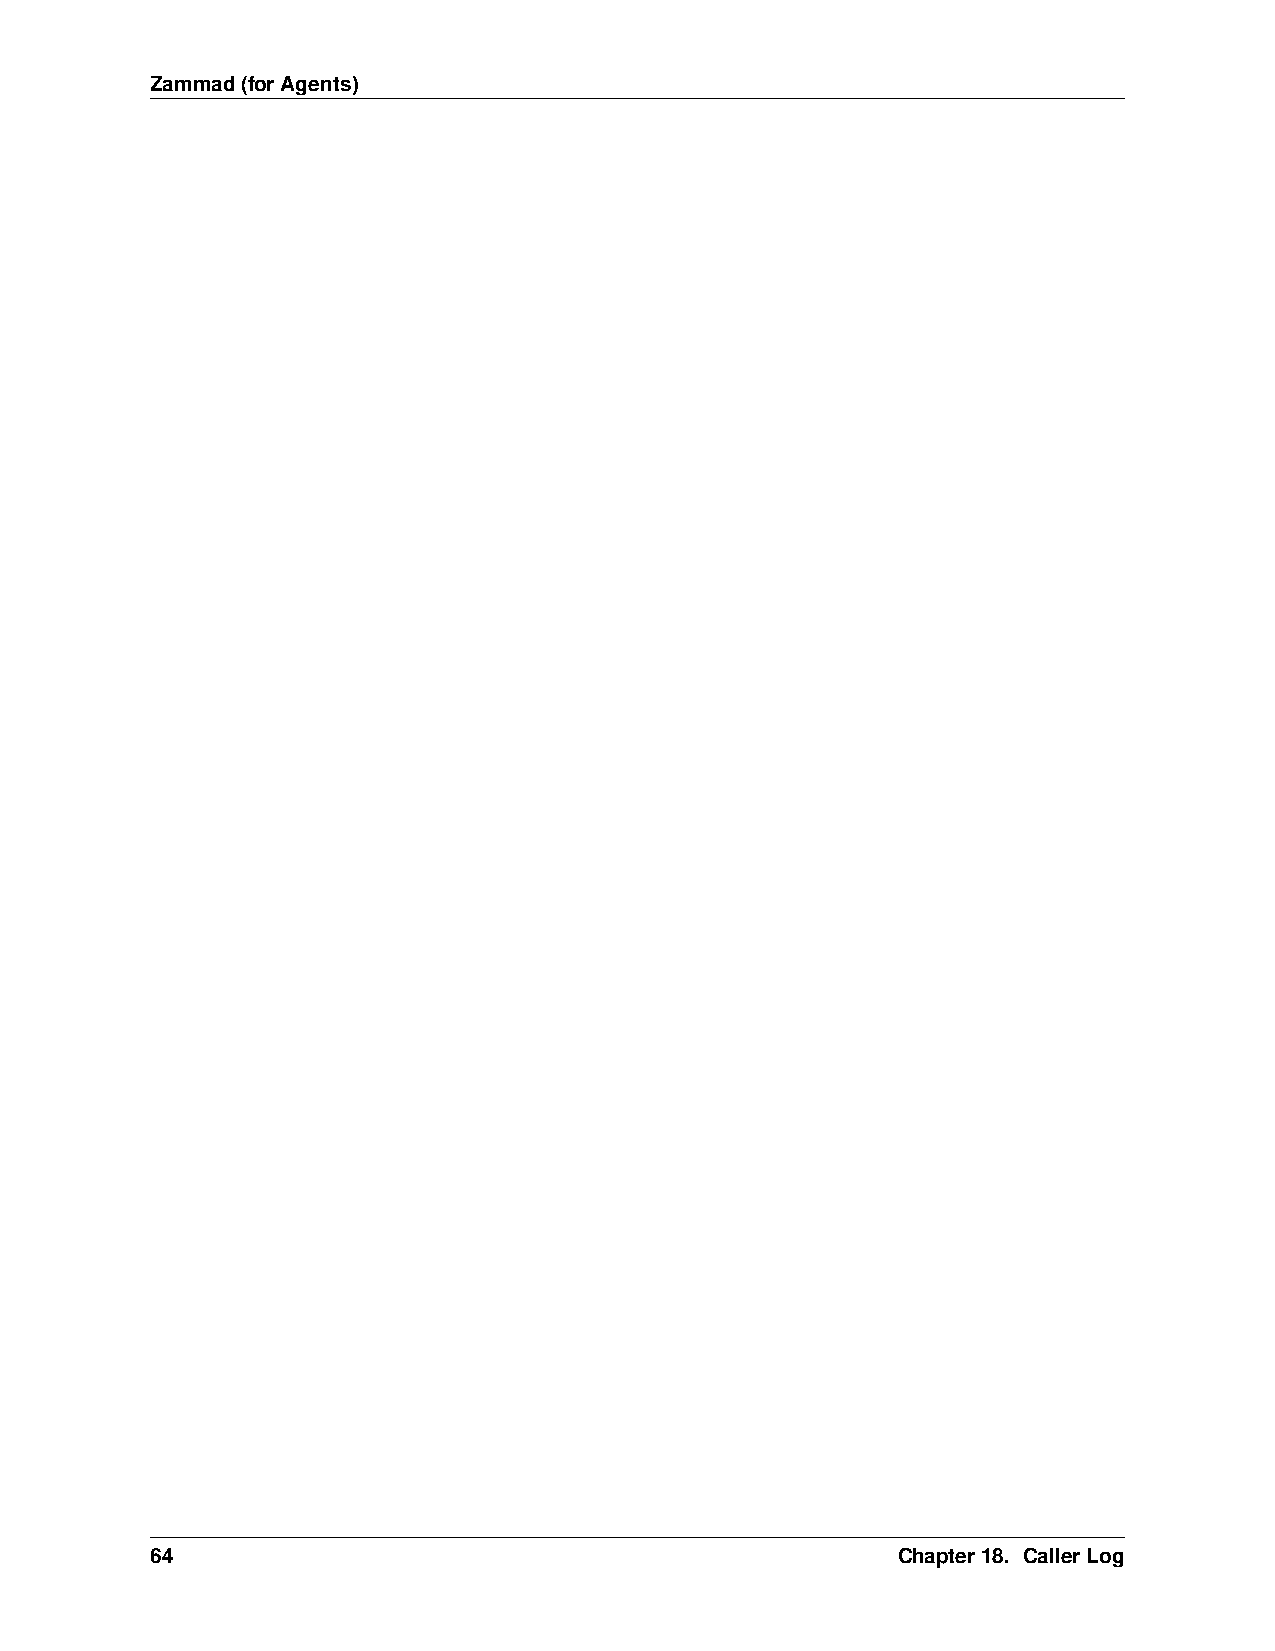
Zammad(forAgents)
 64                                               Chapter18. CallerLog